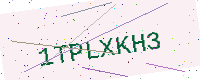
Text: 1TPLXKH3